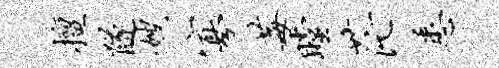
擅隧嫂寡莓瞠茫悉